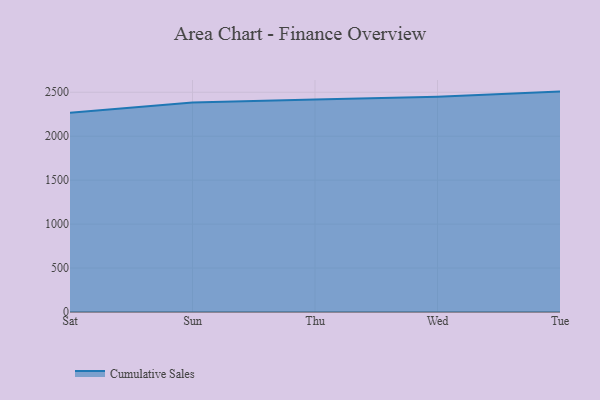
{"axis": {"x": "Day", "y": "Latency (ms)"}, "legend": ["Cumulative Sales"], "data": [{"x": "Sat", "y": 2266.9, "type": "Cumulative Sales"}, {"x": "Sun", "y": 2383.5, "type": "Cumulative Sales"}, {"x": "Thu", "y": 2417.4, "type": "Cumulative Sales"}, {"x": "Wed", "y": 2448.9, "type": "Cumulative Sales"}, {"x": "Tue", "y": 2507.3, "type": "Cumulative Sales"}]}